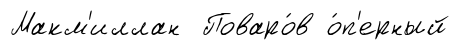
Макм'иллан Поваро́в о́п'ерный